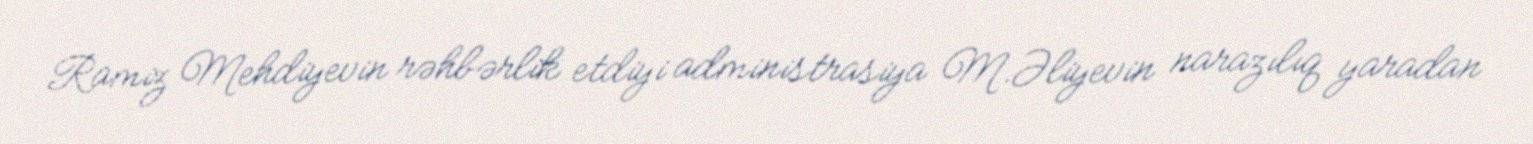
Ramiz Mehdiyevin rəhbərlik etdiyi administrasiya M.Əliyevin narazılıq yaradan